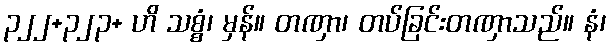
၃၂၂+၃၂၃+ ဟိ သစ္စံ၊ မှန်။ တဏှာ၊ တပ်ခြင်းတဏှာသည်။ နံ၊